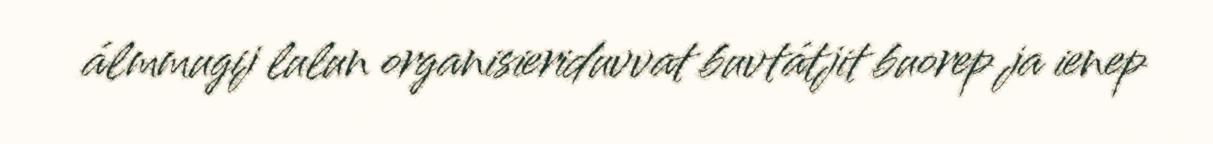
álmmugij lulun organisieriduvvat buvtátjit buorep ja ienep